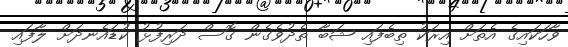
ވާހަކައިގެ އެތަށް އިރަކު ތިބެފައި ޝަބާ ތެދުވެގެން ގޮސް ދަރިފުޅު ކުޑައެނދަށް ލާފައި